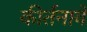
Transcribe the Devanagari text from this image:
कीर्तनावे